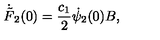
\dot { \tilde { F } } _ { 2 } ( 0 ) = \frac { c _ { 1 } } { 2 } \dot { \psi } _ { 2 } ( 0 ) B ,